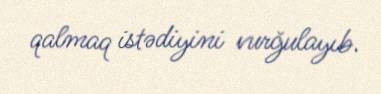
qalmaq istədiyini vurğulayıb.